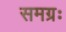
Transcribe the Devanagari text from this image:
समग्रः